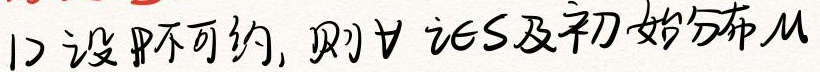
(1) 设 \( P \) 不可约, 则 \( \forall i\in S \) 及初始分布 \( \mu \)